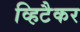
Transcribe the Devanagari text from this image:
व्हिटैकर